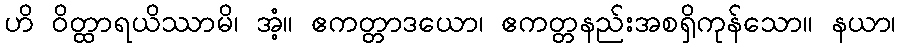
ဟိ ဝိတ္ထာရယိဿာမိ၊ အံ့။ ဧကတ္တာဒယော၊ ဧကတ္တနည်းအစရှိကုန်သော။ နယာ၊